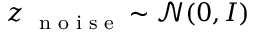
\boldsymbol z _ { \mathrm { ~ \scriptsize ~ n ~ o ~ i ~ s ~ e ~ } } \sim \mathcal N ( \boldsymbol 0 , \boldsymbol I )